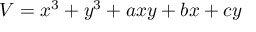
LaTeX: V = x ^ { 3 } + y ^ { 3 } + a x y + b x + c y